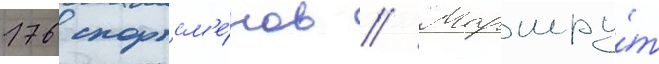
176 спортсм'е́нов // Маршру́т